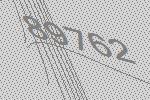
89762